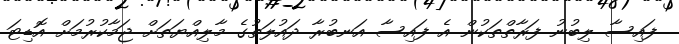
ފައިސާ ލިބުނު ފަރާތްތަކުން އެ ފައިސާ އަނބުރާ ދައުލަތުގެ މާލިއްޔަތަށް ޖަމާކުރުމަށް އޮޑިޓަ